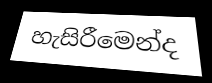
හැසිරීමෙන්ද